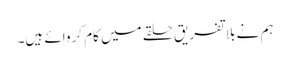
ہم نے بلاتفریق حلقے میں کام کروائے ہیں۔